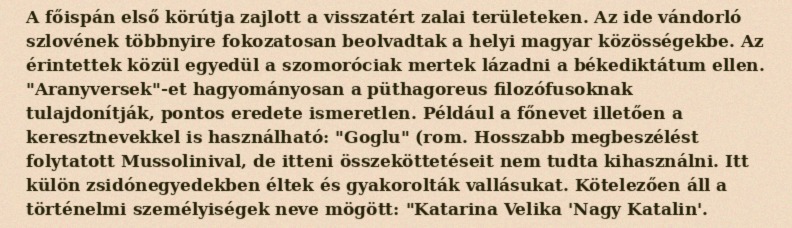
A főispán első körútja zajlott a visszatért zalai területeken. Az ide vándorló szlovének többnyire fokozatosan beolvadtak a helyi magyar közösségekbe. Az érintettek közül egyedül a szomoróciak mertek lázadni a békediktátum ellen. "Aranyversek"-et hagyományosan a püthagoreus filozófusoknak tulajdonítják, pontos eredete ismeretlen. Például a főnevet illetően a keresztnevekkel is használható: "Goglu" (rom. Hosszabb megbeszélést folytatott Mussolinival, de itteni összeköttetéseit nem tudta kihasználni. Itt külön zsidónegyedekben éltek és gyakorolták vallásukat. Kötelezően áll a történelmi személyiségek neve mögött: "Katarina Velika 'Nagy Katalin'.